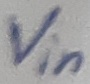
Text: Vin